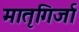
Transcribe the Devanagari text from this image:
मातृगिर्जा